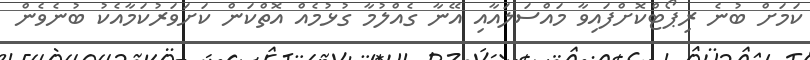
ކަމަށް ބުނެ ރިޕޯޓްކޮށްފައިވާ މައްސަލައާއި އޭނާ ގެއްލުމާ ގުޅުމެއް އޮތްކަން ކަށަވަރުކަމާއެކު ބުނެވެން